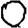
Digit: 0